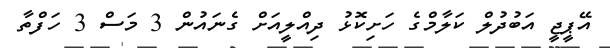
އޭޕީޖީ އަބުދުލް ކަލާމްގެ ހަށިކޮޅު ދިއްލީއަށް ގެނައުން 3 މަސް 3 ހަފްތާ